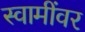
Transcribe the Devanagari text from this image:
स्वामींवर